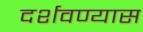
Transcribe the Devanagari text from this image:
दर्शवण्यास